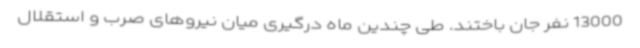
13000 نفر جان باختند. طی چندین ماه درگیری میان نیروهای صرب و استقلال